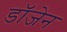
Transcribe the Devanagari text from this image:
डॉजेन